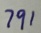
7 9 1